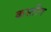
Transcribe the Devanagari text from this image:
कस्तीग